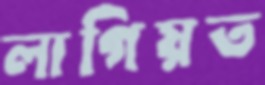
লাগিয়ত